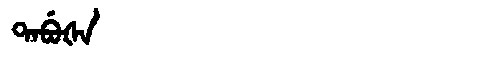
Manchu: ᡨᠠᠪᡠᡧᠠ
Romanization: TABUŠA